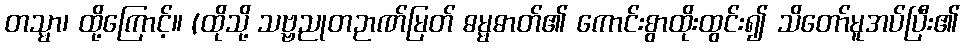
တသ္မာ၊ ထို့ကြောင့်။ (ထိုသို့ သဗ္ဗညုတဉာဏ်မြတ် ဓမ္မဓာတ်၏ ကောင်းစွာထိုးထွင်း၍ သိတော်မူအပ်ပြီး၏